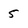
Character: 5